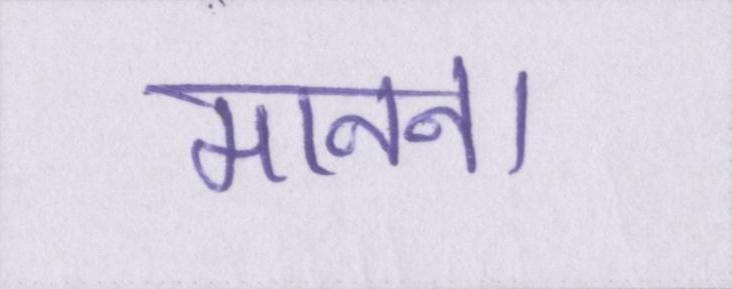
मानना